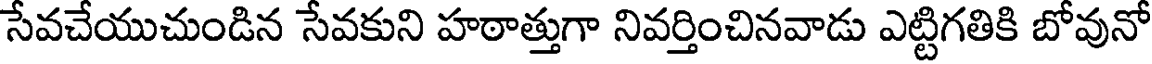
సేవచేయుచుండిన సేవకుని హఠాత్తుగా నివర్తించినవాడు ఎట్టిగతికి బోవునో